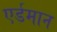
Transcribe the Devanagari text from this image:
एर्डमान